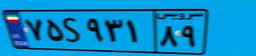
۴۱S۵۲۳۰۰